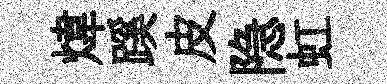
煒蹊皮隐虹